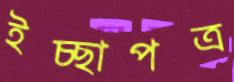
ইচ্ছাপত্র